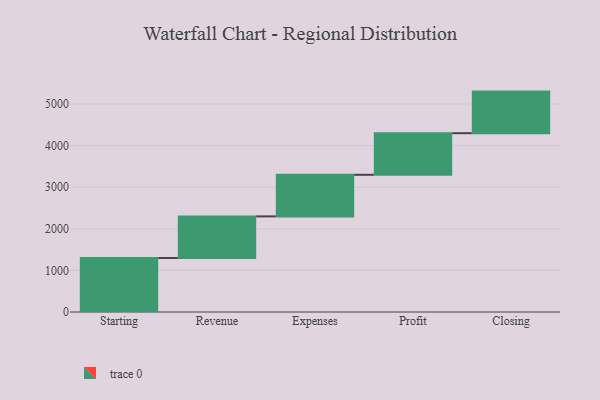
{"axis": {"x": "Step", "y": "Value"}, "legend": [""], "data": [{"x": "Starting", "y": 1299.0, "type": ""}, {"x": "Revenue", "y": 1000, "type": ""}, {"x": "Expenses", "y": 1000, "type": ""}, {"x": "Profit", "y": 1000, "type": ""}, {"x": "Closing", "y": 1000, "type": ""}]}